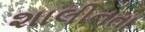
શાલીનતા